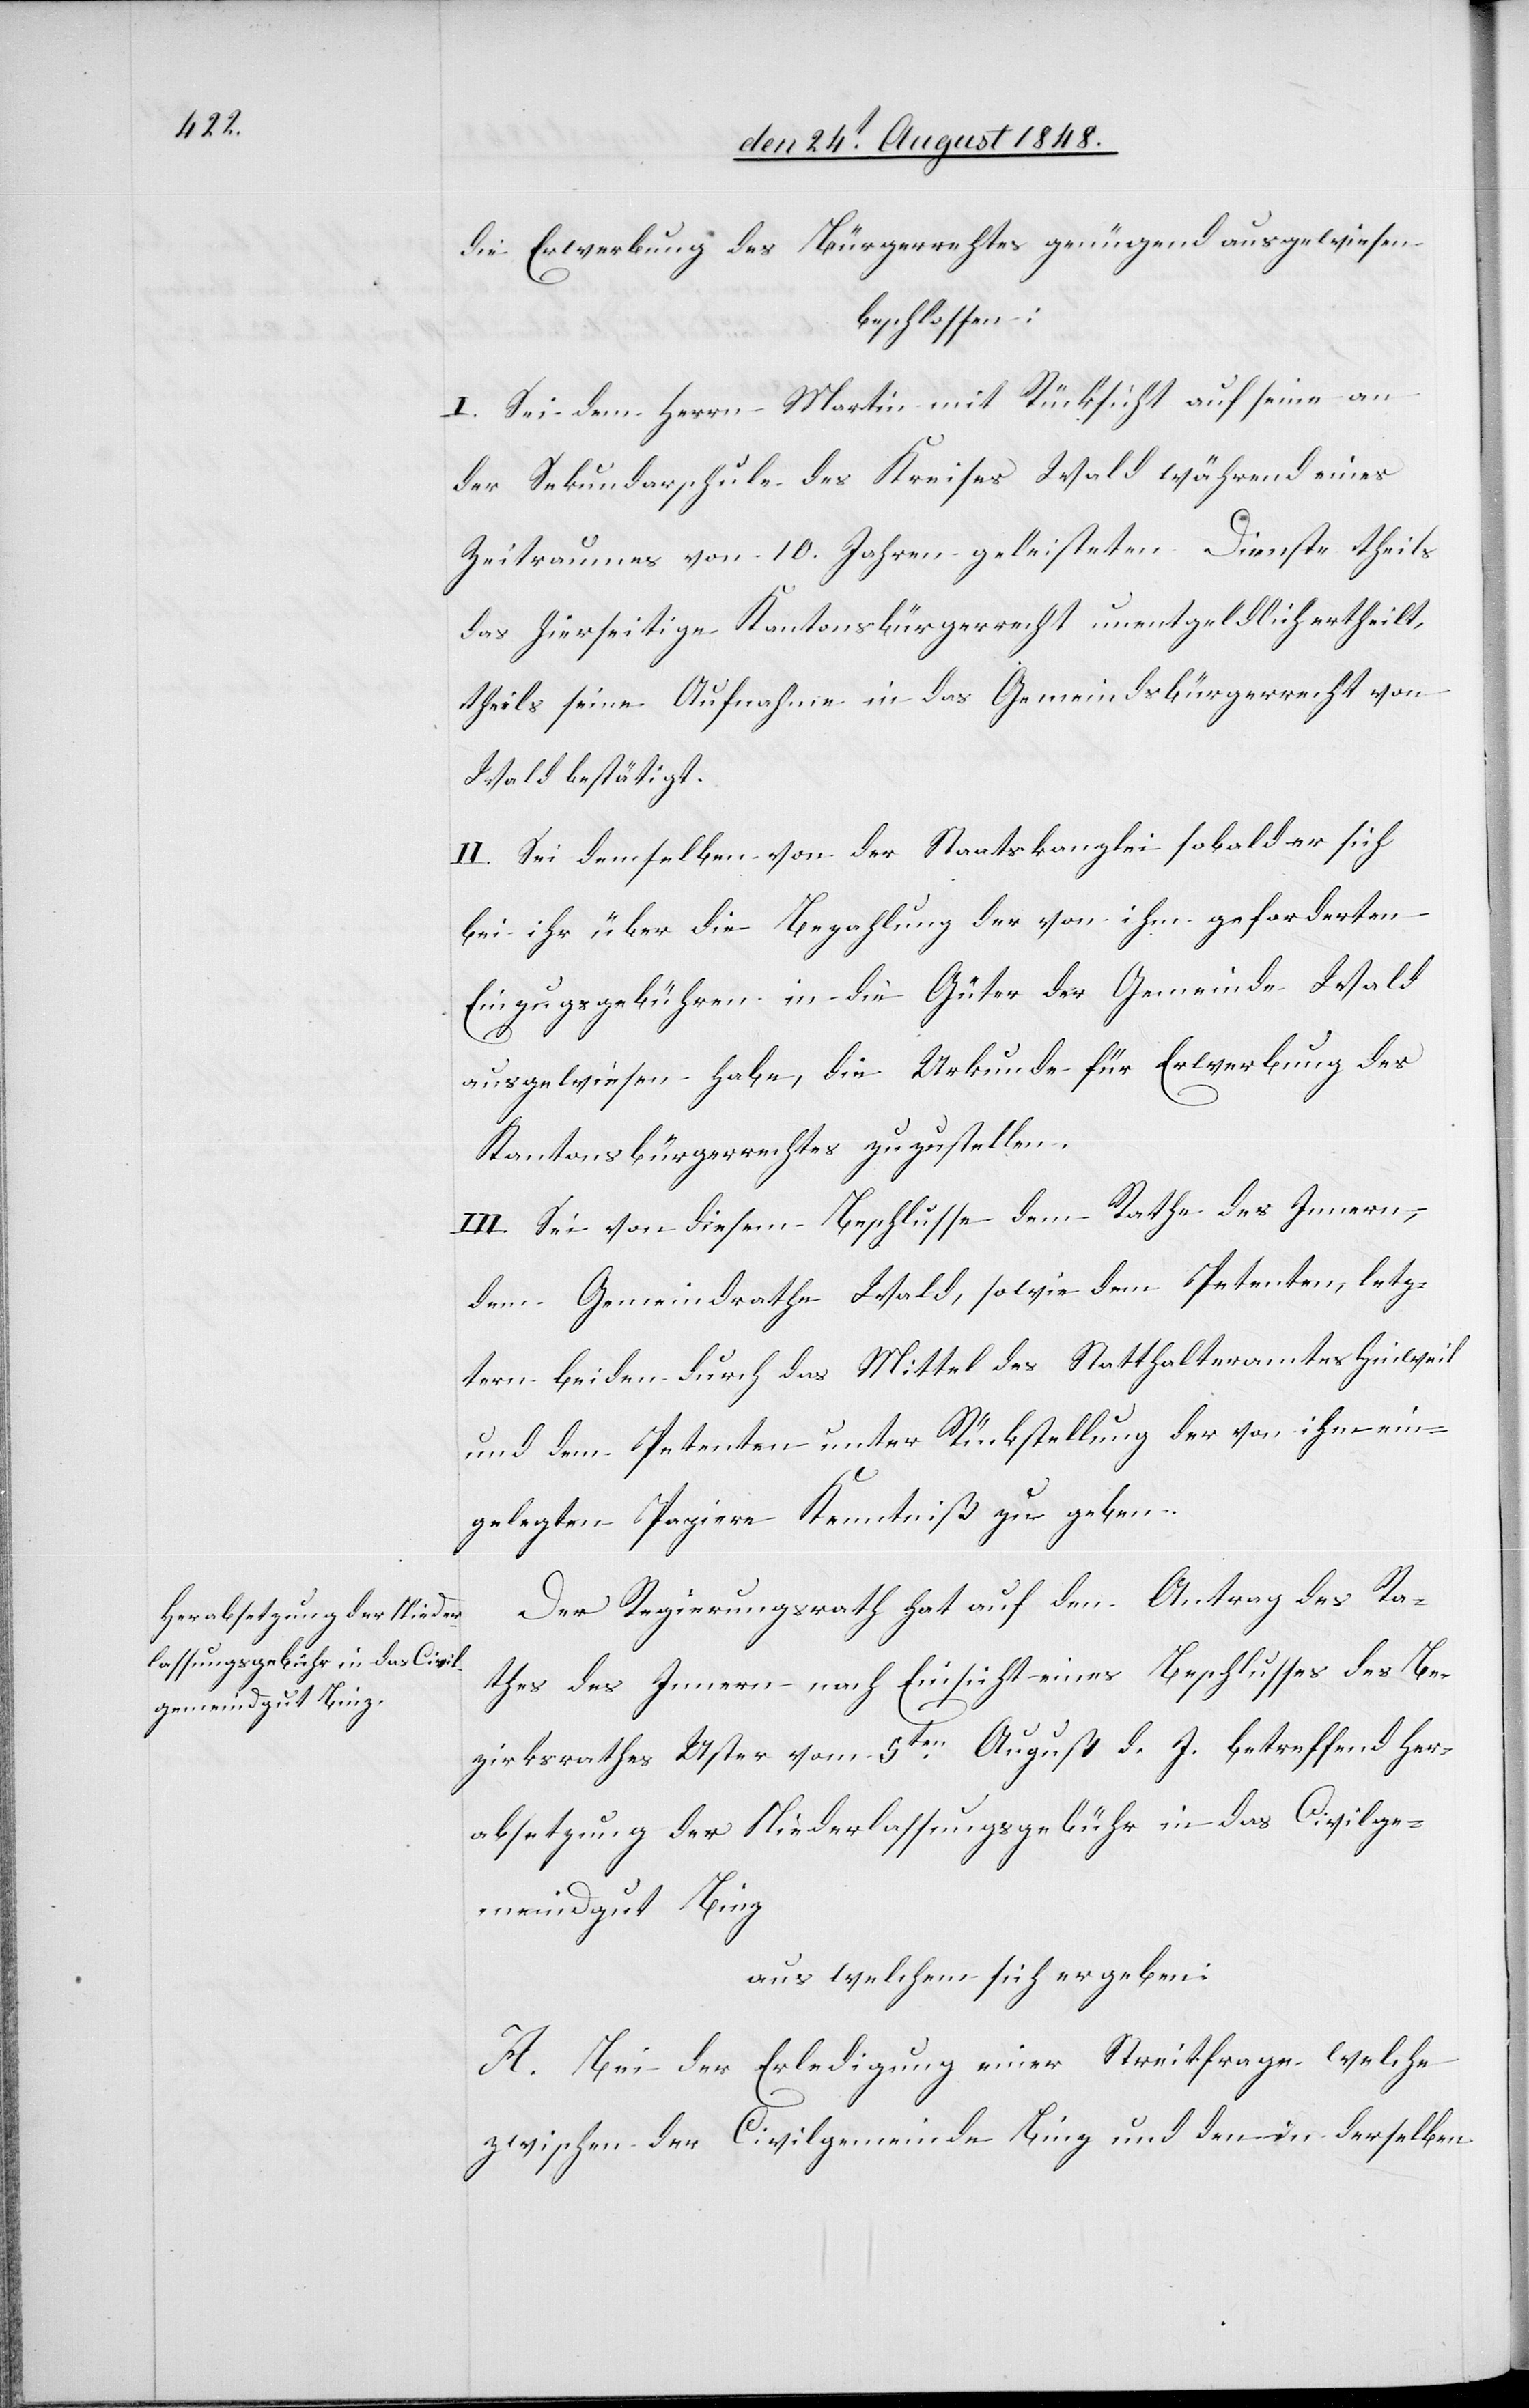
die Erwerbung des Bürgerrechtes genügend ausgewiesen
beschlossen:
I. Sei dem Herrn Martin mit Rücksicht auf seine an
der Sekundarschule des Kreises Wald während eines
Zeitraumes von 10. Jahren geleisteten Dienste theils
das hierseitige Kantonsbürgerrecht unentgeldlich ertheilt,
theils seine Aufnahme in das Gemeindsbürgerrecht von
Wald bestätigt.
II. Sei demselben von der Staatskanzlei sobald er sich
bei ihr über die Bezahlung der von ihm geforderten
Einzugsgebühren in die Güter der Gemeinde Wald
ausgewiesen habe, die Urkunde für Erwerbung des
Kantonsbürgerrechtes zuzustellen.
III. Sei von diesem Beschlusse dem Rathe des Innern,
dem Gemeindrathe Wald, sowie dem Petenten, letz¬
tern beiden durch das Mittel des Statthalteramtes Hinweil
und dem Petenten unter Rückstellung der von ihm ein¬
gelegten Papiere Kenntniß zu geben.
Der Regierungsrath hat auf den Antrag des Ra¬
thes des Innern nach Einsicht eines Beschlusses des Be¬
zirksrathes Uster vom 5ten August d. J. betreffend Her¬
absetzung der Niederlassungsgebühr in das Civilge¬
meindgut Binz
aus welchem sich ergeben:
A. Bei der Erledigung einer Streitfrage welche
zwischen der Civilgemeinde Binz und den in derselben